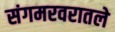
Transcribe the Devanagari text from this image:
संगमरवरातले